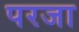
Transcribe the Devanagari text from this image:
परजा